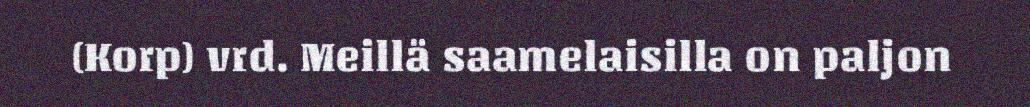
(Korp) vrd. Meillä saamelaisilla on paljon